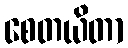
စေတယိတာ